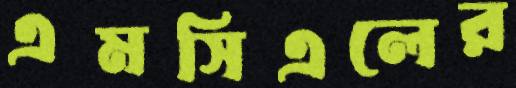
এমসিএলের